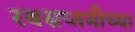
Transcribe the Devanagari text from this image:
रथसप्तमीच्या